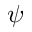
\psi